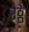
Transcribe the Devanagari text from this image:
रठ्ठे